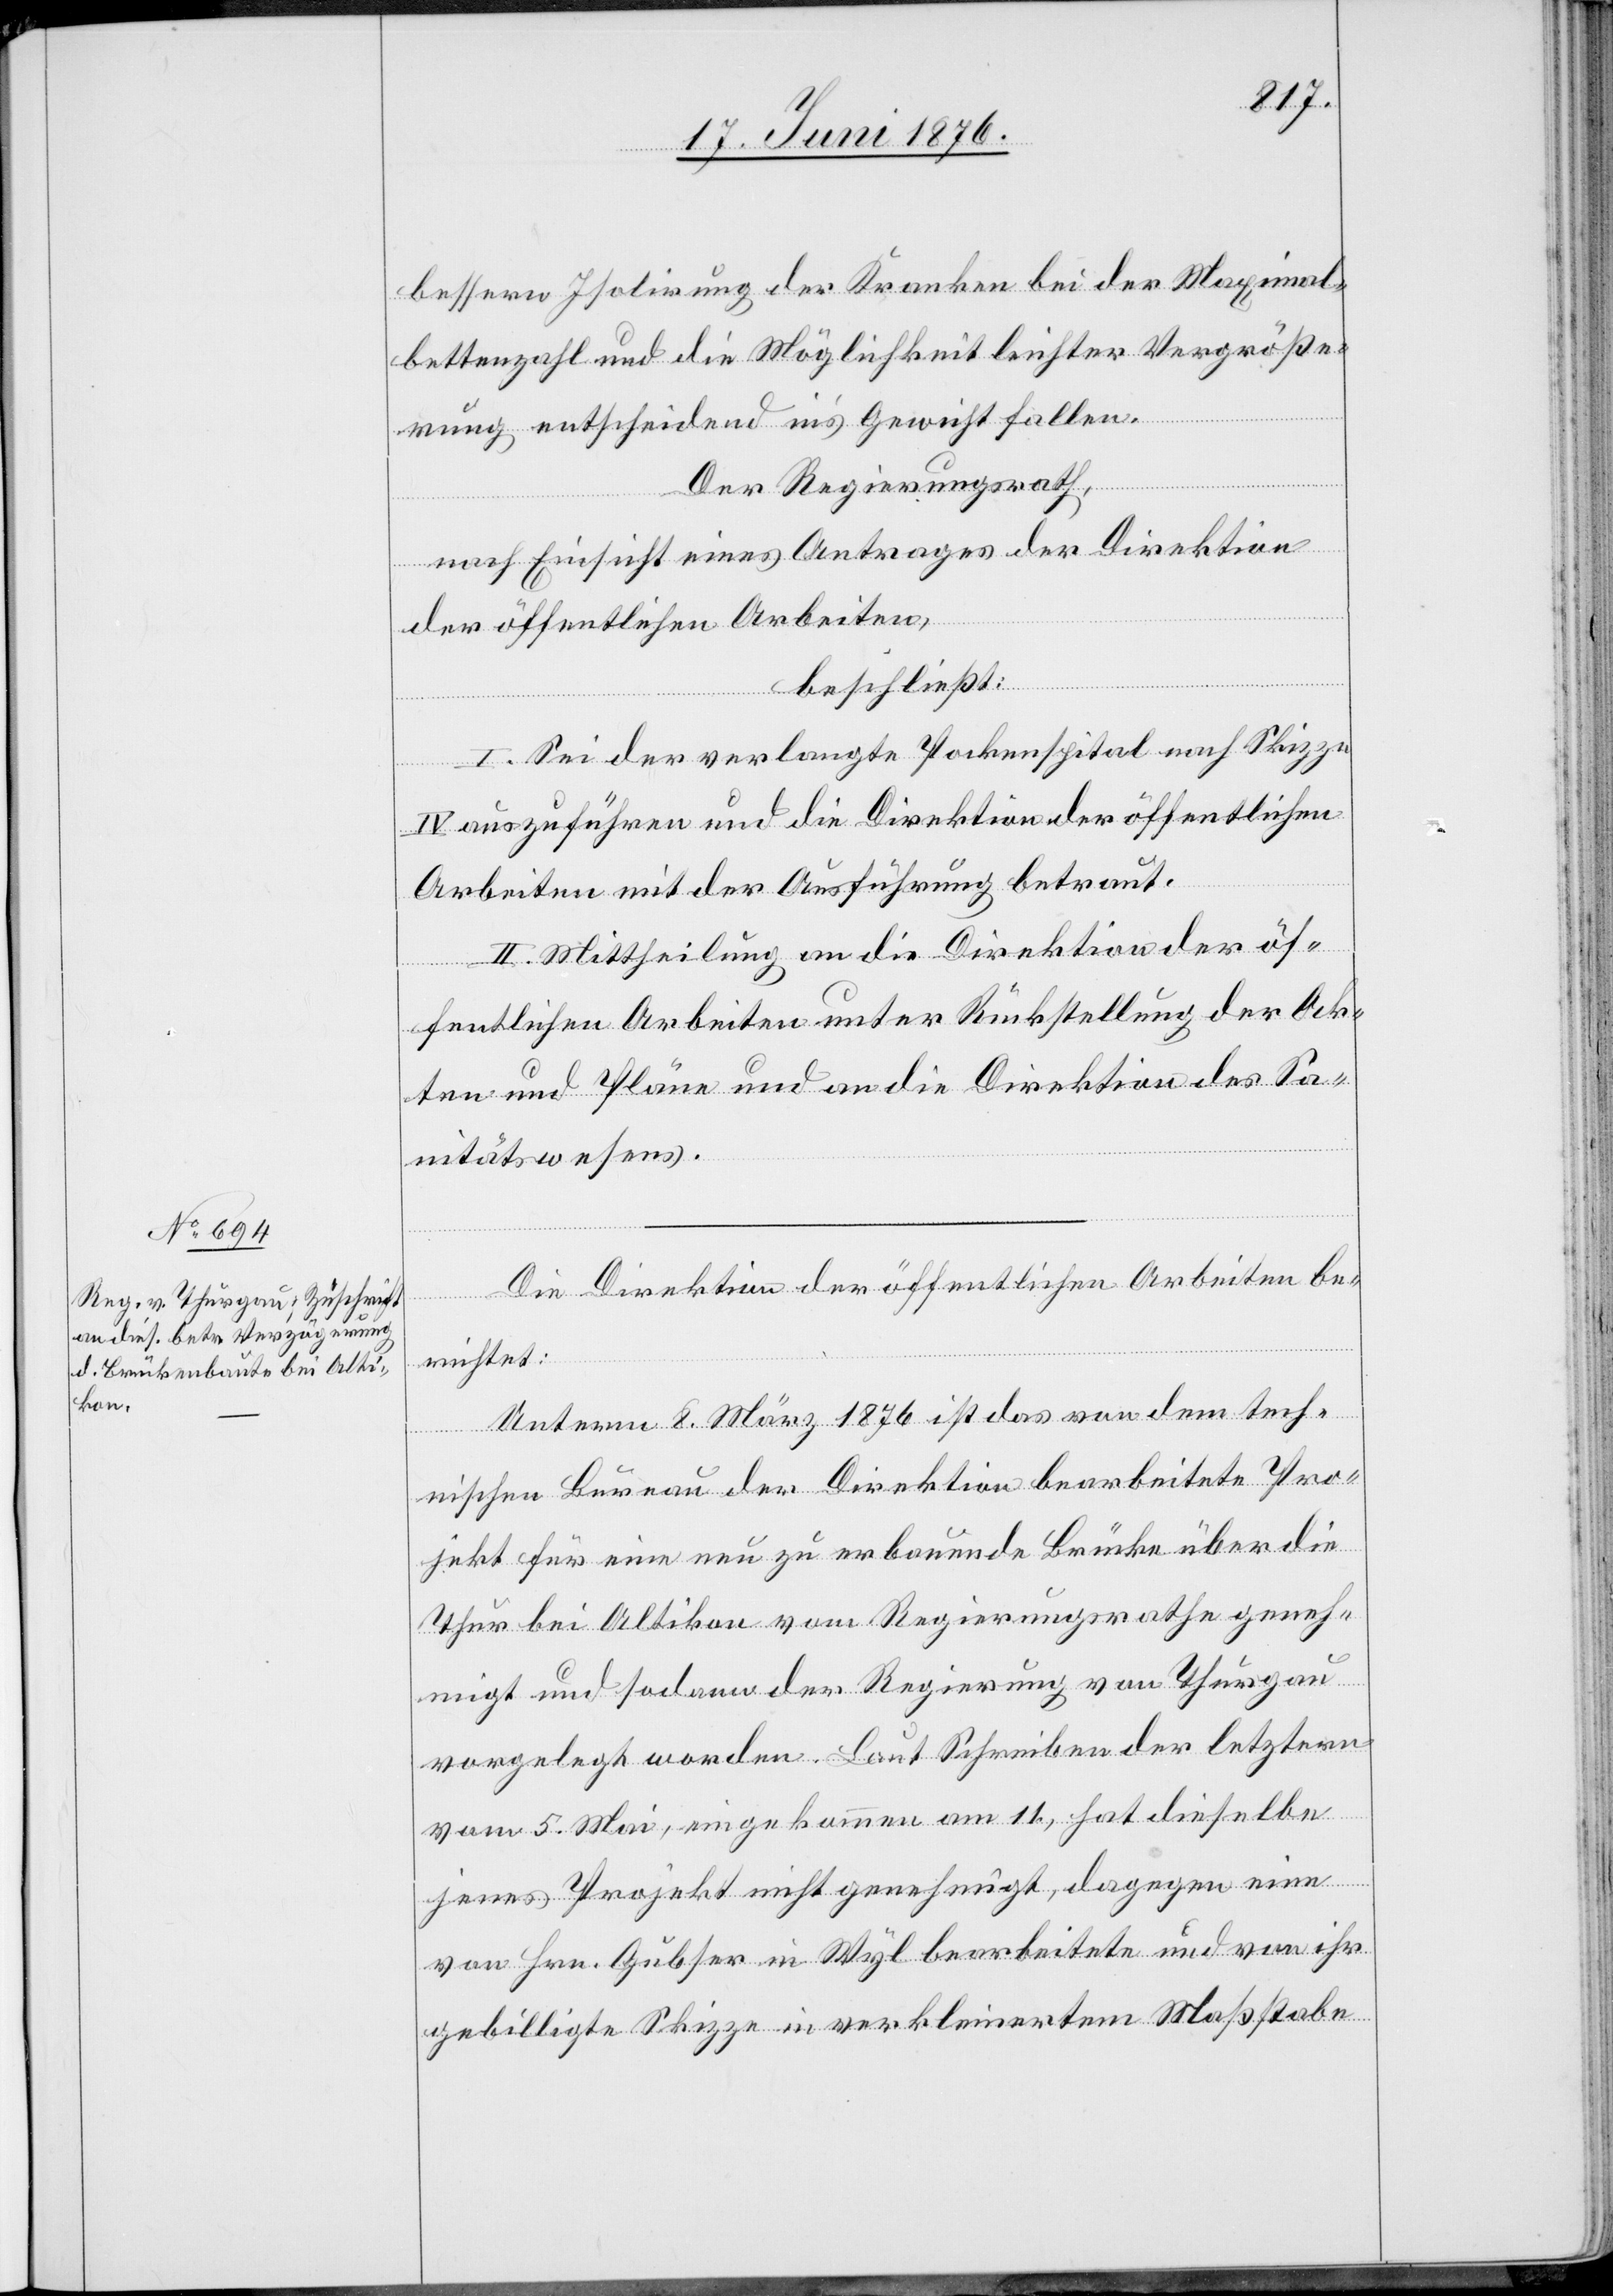
bessern Isolirung der Kranken bei der Maximal¬
bettenzahl und die Möglichkeit leichter Vergröße¬
rung entscheidend in’s Gewicht fallen.
Der Regierungsrath,
nach Einsicht eines Antrages der Direktion
der öffentlichen Arbeiten,
beschließt:
I. Sei der verlangte Pockenspital nach Skizze
IV auszuführen und die Direktion der öffentlichen
Arbeiten mit der Ausführung betraut.
II. Mittheilung an die Direktion der öf¬
fentlichen Arbeiten unter Rückstellung der Ak¬
ten und Pläne und an die Direktion des Sa¬
nitätswesens.
Die Direktion der öffentlichen Arbeiten be¬
richtet:
Unterm 8. März 1876 ist das von dem tech¬
nischen Bureau der Direktion bearbeitete Pro¬
jekt für eine neu zu erbauende Brücke über die
Thur bei Altikon vom Regierungsrath geneh¬
migt und sodann der Regierung von Thurgau
vorgelegt worden. Laut Schreiben der letztern
vom 5. Mai, eingekommen am 11., hat dieselbe
jenes Projekt nicht genehmigt, dagegen eine
von Hrn. Gubser in Wyl bearbeitete und von ihr
gebilligte Skizze in verkleinertem Maßstabe